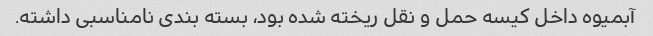
آبمیوه داخل کیسه حمل و نقل ریخته شده بود، بسته بندی نامناسبی داشته.